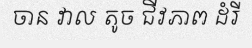
ចាន វាល តូច ជីវភាព ដំរី